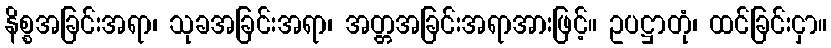
နိစ္စအခြင်းအရာ၊ သုခအခြင်းအရာ၊ အတ္တအခြင်းအရာအားဖြင့်။ ဥပဋ္ဌာတုံ၊ ထင်ခြင်းငှာ။